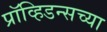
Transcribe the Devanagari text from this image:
प्रॉव्हिडन्सच्या